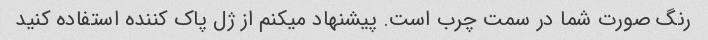
رنگ صورت شما در سمت چرب است. پیشنهاد میکنم از ژل پاک کننده استفاده کنید